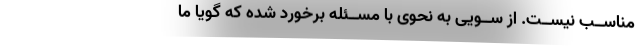
مناســب نیســت. از ســویی به نحوی با مســئله برخورد شده که گویا ما